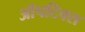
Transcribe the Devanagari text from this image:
ऑपटिक्स